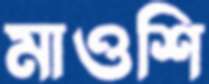
মাওশি